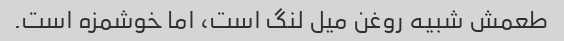
طعمش شبیه روغن میل لنگ است، اما خوشمزه است.